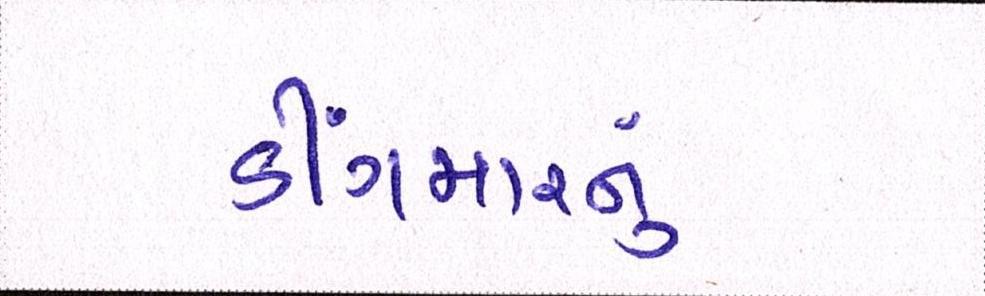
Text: ડીંગમારનું